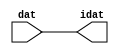

//------> /package/eda/mg/Catapult_10.3d/Mgc_home/pkgs/siflibs/ccs_in_v1.v 
//------------------------------------------------------------------------------
// Catapult Synthesis - Sample I/O Port Library
//
// Copyright (c) 2003-2017 Mentor Graphics Corp.
//       All Rights Reserved
//
// This document may be used and distributed without restriction provided that
// this copyright statement is not removed from the file and that any derivative
// work contains this copyright notice.
//
// The design information contained in this file is intended to be an example
// of the functionality which the end user may study in preparation for creating
// their own custom interfaces. This design does not necessarily present a 
// complete implementation of the named protocol or standard.
//
//------------------------------------------------------------------------------


module ccs_in_v1 (idat, dat);

  parameter integer rscid = 1;
  parameter integer width = 8;

  output [width-1:0] idat;
  input  [width-1:0] dat;

  wire   [width-1:0] idat;

  assign idat = dat;

endmodule


//------> /package/eda/mg/Catapult_10.3d/Mgc_home/pkgs/siflibs/ccs_out_v1.v 
//------------------------------------------------------------------------------
// Catapult Synthesis - Sample I/O Port Library
//
// Copyright (c) 2003-2015 Mentor Graphics Corp.
//       All Rights Reserved
//
// This document may be used and distributed without restriction provided that
// this copyright statement is not removed from the file and that any derivative
// work contains this copyright notice.
//
// The design information contained in this file is intended to be an example
// of the functionality which the end user may study in preparation for creating
// their own custom interfaces. This design does not necessarily present a 
// complete implementation of the named protocol or standard.
//
//------------------------------------------------------------------------------

module ccs_out_v1 (dat, idat);

  parameter integer rscid = 1;
  parameter integer width = 8;

  output   [width-1:0] dat;
  input    [width-1:0] idat;

  wire     [width-1:0] dat;

  assign dat = idat;

endmodule




//------> /package/eda/mg/Catapult_10.3d/Mgc_home/pkgs/siflibs/mgc_io_sync_v2.v 
//------------------------------------------------------------------------------
// Catapult Synthesis - Sample I/O Port Library
//
// Copyright (c) 2003-2017 Mentor Graphics Corp.
//       All Rights Reserved
//
// This document may be used and distributed without restriction provided that
// this copyright statement is not removed from the file and that any derivative
// work contains this copyright notice.
//
// The design information contained in this file is intended to be an example
// of the functionality which the end user may study in preparation for creating
// their own custom interfaces. This design does not necessarily present a 
// complete implementation of the named protocol or standard.
//
//------------------------------------------------------------------------------


module mgc_io_sync_v2 (ld, lz);
    parameter valid = 0;

    input  ld;
    output lz;

    wire   lz;

    assign lz = ld;

endmodule


//------> ./rtl.v 
// ----------------------------------------------------------------------
//  HLS HDL:        Verilog Netlister
//  HLS Version:    10.3d/815731 Production Release
//  HLS Date:       Wed Apr 24 14:54:19 PDT 2019
// 
//  Generated by:   695r48@cparch23.ecn.purdue.edu
//  Generated date: Tue Nov  9 15:36:21 2021
// ----------------------------------------------------------------------

// 
// ------------------------------------------------------------------
//  Design Unit:    fir_Altera_DIST_DIST_1R1W_RBW_rport_1_16_5_32_32_16_gen
// ------------------------------------------------------------------


module fir_Altera_DIST_DIST_1R1W_RBW_rport_1_16_5_32_32_16_gen (
  q, radr, radr_d, q_d, rport_r_ram_ir_internal_RMASK_B_d
);
  input [15:0] q;
  output [4:0] radr;
  input [4:0] radr_d;
  output [15:0] q_d;
  input rport_r_ram_ir_internal_RMASK_B_d;



  // Interconnect Declarations for Component Instantiations 
  assign q_d = q;
  assign radr = (radr_d);
endmodule

// ------------------------------------------------------------------
//  Design Unit:    fir_core_core_fsm
//  FSM Module
// ------------------------------------------------------------------


module fir_core_core_fsm (
  clk, rst, fsm_output, MAC_C_4_tr0
);
  input clk;
  input rst;
  output [6:0] fsm_output;
  reg [6:0] fsm_output;
  input MAC_C_4_tr0;


  // FSM State Type Declaration for fir_core_core_fsm_1
  parameter
    main_C_0 = 3'd0,
    MAC_C_0 = 3'd1,
    MAC_C_1 = 3'd2,
    MAC_C_2 = 3'd3,
    MAC_C_3 = 3'd4,
    MAC_C_4 = 3'd5,
    main_C_1 = 3'd6;

  reg [2:0] state_var;
  reg [2:0] state_var_NS;


  // Interconnect Declarations for Component Instantiations 
  always @(*)
  begin : fir_core_core_fsm_1
    case (state_var)
      MAC_C_0 : begin
        fsm_output = 7'b0000010;
        state_var_NS = MAC_C_1;
      end
      MAC_C_1 : begin
        fsm_output = 7'b0000100;
        state_var_NS = MAC_C_2;
      end
      MAC_C_2 : begin
        fsm_output = 7'b0001000;
        state_var_NS = MAC_C_3;
      end
      MAC_C_3 : begin
        fsm_output = 7'b0010000;
        state_var_NS = MAC_C_4;
      end
      MAC_C_4 : begin
        fsm_output = 7'b0100000;
        if ( MAC_C_4_tr0 ) begin
          state_var_NS = main_C_1;
        end
        else begin
          state_var_NS = MAC_C_0;
        end
      end
      main_C_1 : begin
        fsm_output = 7'b1000000;
        state_var_NS = main_C_0;
      end
      // main_C_0
      default : begin
        fsm_output = 7'b0000001;
        state_var_NS = MAC_C_0;
      end
    endcase
  end

  always @(posedge clk) begin
    if ( rst ) begin
      state_var <= main_C_0;
    end
    else begin
      state_var <= state_var_NS;
    end
  end

endmodule

// ------------------------------------------------------------------
//  Design Unit:    fir_core
// ------------------------------------------------------------------


module fir_core (
  clk, rst, coeffs_rsc_triosy_lz, in1_rsc_dat, in1_rsc_triosy_lz, out1_rsc_dat, out1_rsc_triosy_lz,
      coeffs_rsci_radr_d, coeffs_rsci_q_d, coeffs_rsci_rport_r_ram_ir_internal_RMASK_B_d
);
  input clk;
  input rst;
  output coeffs_rsc_triosy_lz;
  input [15:0] in1_rsc_dat;
  output in1_rsc_triosy_lz;
  output [15:0] out1_rsc_dat;
  output out1_rsc_triosy_lz;
  output [4:0] coeffs_rsci_radr_d;
  input [15:0] coeffs_rsci_q_d;
  output coeffs_rsci_rport_r_ram_ir_internal_RMASK_B_d;


  // Interconnect Declarations
  wire [15:0] in1_rsci_idat;
  reg [15:0] out1_rsci_idat;
  wire [6:0] fsm_output;
  wire [3:0] MAC_acc_tmp;
  wire [4:0] nl_MAC_acc_tmp;
  wire and_dcpl_3;
  wire and_dcpl_11;
  wire or_tmp_64;
  reg MAC_i_asn_7_itm;
  reg MAC_stage_0;
  reg MAC_stage_0_1;
  reg MAC_stage_0_2;
  reg [3:0] MAC_i_5_2_sva_1;
  reg reg_out1_rsc_triosy_obj_ld_cse;
  reg [2:0] MAC_i_5_2_sva_2_0;
  reg [2:0] MAC_slc_MAC_i_5_2_2_0_1_itm;
  wire [29:0] z_out;
  wire signed [31:0] nl_z_out;
  reg [15:0] regs_15_sva;
  reg [15:0] regs_16_sva;
  reg [15:0] regs_14_sva;
  reg [15:0] regs_17_sva;
  reg [15:0] regs_13_sva;
  reg [15:0] regs_18_sva;
  reg [15:0] regs_12_sva;
  reg [15:0] regs_19_sva;
  reg [15:0] regs_11_sva;
  reg [15:0] regs_20_sva;
  reg [15:0] regs_10_sva;
  reg [15:0] regs_21_sva;
  reg [15:0] regs_9_sva;
  reg [15:0] regs_22_sva;
  reg [15:0] regs_8_sva;
  reg [15:0] regs_23_sva;
  reg [15:0] regs_7_sva;
  reg [15:0] regs_24_sva;
  reg [15:0] regs_6_sva;
  reg [15:0] regs_25_sva;
  reg [15:0] regs_5_sva;
  reg [15:0] regs_26_sva;
  reg [15:0] regs_4_sva;
  reg [15:0] regs_27_sva;
  reg [15:0] regs_3_sva;
  reg [15:0] regs_28_sva;
  reg [15:0] regs_2_sva;
  reg [15:0] regs_29_sva;
  reg [15:0] regs_1_sva;
  reg [15:0] regs_30_sva;
  reg [15:0] regs_0_sva;
  reg [29:0] acc_32_3_1_sva;
  reg [15:0] regs_30_sva_1;
  reg [15:0] regs_29_sva_1;
  reg [15:0] regs_28_sva_1;
  reg [15:0] regs_27_sva_1;
  reg [15:0] regs_26_sva_1;
  reg [15:0] regs_25_sva_1;
  reg [15:0] regs_24_sva_1;
  reg [15:0] regs_23_sva_1;
  reg [15:0] regs_22_sva_1;
  reg [15:0] regs_21_sva_1;
  reg [15:0] regs_20_sva_1;
  reg [15:0] regs_19_sva_1;
  reg [15:0] regs_18_sva_1;
  reg [15:0] regs_17_sva_1;
  reg [15:0] regs_16_sva_1;
  reg [15:0] regs_15_sva_1;
  reg [15:0] regs_14_sva_1;
  reg [15:0] regs_13_sva_1;
  reg [15:0] regs_12_sva_1;
  reg [15:0] regs_11_sva_1;
  reg [15:0] regs_10_sva_1;
  reg [15:0] regs_9_sva_1;
  reg [15:0] regs_8_sva_1;
  reg [15:0] regs_7_sva_1;
  reg [15:0] regs_6_sva_1;
  reg [15:0] regs_5_sva_1;
  reg [15:0] regs_4_sva_1;
  reg [15:0] regs_3_sva_1;
  reg [15:0] regs_2_sva_1;
  reg [15:0] regs_1_sva_1;
  reg [15:0] regs_0_sva_1;
  reg [15:0] MAC_3_MAC_mux_itm;
  reg [15:0] MAC_4_MAC_mux_itm;
  reg [15:0] MAC_1_MAC_mux_itm;
  reg [29:0] MAC_1_mul_itm;
  reg [15:0] MAC_2_MAC_mux_itm;
  reg [29:0] MAC_2_mul_itm;
  reg [29:0] MAC_acc_4_itm;
  wire [29:0] MAC_acc_7;
  wire [30:0] nl_MAC_acc_7;
  wire or_167_tmp;
  wire or_166_tmp;
  wire regs_and_30_rgt;
  wire MAC_and_17_rgt;
  wire MAC_and_18_rgt;
  wire MAC_and_19_rgt;
  wire MAC_and_20_rgt;
  wire MAC_and_21_rgt;
  wire MAC_and_22_rgt;
  wire MAC_and_23_rgt;
  wire MAC_and_24_rgt;
  wire MAC_and_9_rgt;
  wire MAC_and_10_rgt;
  wire MAC_and_11_rgt;
  wire MAC_and_12_rgt;
  wire MAC_and_13_rgt;
  wire MAC_and_14_rgt;
  wire MAC_and_15_rgt;
  wire MAC_and_16_rgt;
  wire MAC_and_1_rgt;
  wire MAC_and_2_rgt;
  wire MAC_and_3_rgt;
  wire MAC_and_4_rgt;
  wire MAC_and_5_rgt;
  wire MAC_and_6_rgt;
  wire MAC_and_7_rgt;
  wire MAC_and_8_rgt;
  wire MAC_nor_3_cse;
  wire MAC_nor_cse;
  wire MAC_nor_2_cse;

  wire[29:0] MAC_4_acc_1_nl;
  wire[30:0] nl_MAC_4_acc_1_nl;
  wire[29:0] MAC_acc_5_nl;
  wire[30:0] nl_MAC_acc_5_nl;
  wire[0:0] not_23_nl;
  wire[0:0] not_nl;
  wire[2:0] coeffs_coeffs_mux_nl;
  wire[0:0] coeffs_or_nl;
  wire[1:0] coeffs_coeffs_or_nl;
  wire[1:0] coeffs_nor_nl;
  wire[1:0] coeffs_mux_nl;
  wire[15:0] MAC_mux1h_38_nl;

  // Interconnect Declarations for Component Instantiations 
  ccs_in_v1 #(.rscid(32'sd2),
  .width(32'sd16)) in1_rsci (
      .dat(in1_rsc_dat),
      .idat(in1_rsci_idat)
    );
  ccs_out_v1 #(.rscid(32'sd3),
  .width(32'sd16)) out1_rsci (
      .idat(out1_rsci_idat),
      .dat(out1_rsc_dat)
    );
  mgc_io_sync_v2 #(.valid(32'sd0)) coeffs_rsc_triosy_obj (
      .ld(reg_out1_rsc_triosy_obj_ld_cse),
      .lz(coeffs_rsc_triosy_lz)
    );
  mgc_io_sync_v2 #(.valid(32'sd0)) in1_rsc_triosy_obj (
      .ld(reg_out1_rsc_triosy_obj_ld_cse),
      .lz(in1_rsc_triosy_lz)
    );
  mgc_io_sync_v2 #(.valid(32'sd0)) out1_rsc_triosy_obj (
      .ld(reg_out1_rsc_triosy_obj_ld_cse),
      .lz(out1_rsc_triosy_lz)
    );
  fir_core_core_fsm fir_core_core_fsm_inst (
      .clk(clk),
      .rst(rst),
      .fsm_output(fsm_output),
      .MAC_C_4_tr0(and_dcpl_3)
    );
  assign regs_and_30_rgt = (~ MAC_stage_0) & (fsm_output[5]);
  assign MAC_and_17_rgt = ~((MAC_i_5_2_sva_2_0!=3'b000) | (fsm_output[2]));
  assign MAC_nor_cse = ~((MAC_i_5_2_sva_2_0[2:1]!=2'b00));
  assign MAC_and_18_rgt = (MAC_i_5_2_sva_2_0[0]) & MAC_nor_cse & (~ (fsm_output[2]));
  assign MAC_nor_2_cse = ~((MAC_i_5_2_sva_2_0[2]) | (MAC_i_5_2_sva_2_0[0]));
  assign MAC_and_19_rgt = (MAC_i_5_2_sva_2_0[1]) & MAC_nor_2_cse & (~ (fsm_output[2]));
  assign MAC_and_20_rgt = (MAC_i_5_2_sva_2_0==3'b011) & (~ (fsm_output[2]));
  assign MAC_nor_3_cse = ~((MAC_i_5_2_sva_2_0[1:0]!=2'b00));
  assign MAC_and_21_rgt = (MAC_i_5_2_sva_2_0[2]) & MAC_nor_3_cse & (~ (fsm_output[2]));
  assign MAC_and_22_rgt = (MAC_i_5_2_sva_2_0==3'b101) & (~ (fsm_output[2]));
  assign MAC_and_23_rgt = (MAC_i_5_2_sva_2_0==3'b110) & (~ (fsm_output[2]));
  assign MAC_and_24_rgt = (MAC_i_5_2_sva_2_0==3'b111) & (~ (fsm_output[2]));
  assign or_166_tmp = (fsm_output[3:2]!=2'b00);
  assign MAC_and_9_rgt = ~((MAC_i_5_2_sva_2_0!=3'b000) | or_166_tmp);
  assign MAC_and_10_rgt = (MAC_i_5_2_sva_2_0[0]) & MAC_nor_cse & (~ or_166_tmp);
  assign MAC_and_11_rgt = (MAC_i_5_2_sva_2_0[1]) & MAC_nor_2_cse & (~ or_166_tmp);
  assign MAC_and_12_rgt = (MAC_i_5_2_sva_2_0==3'b011) & (~ or_166_tmp);
  assign MAC_and_13_rgt = (MAC_i_5_2_sva_2_0[2]) & MAC_nor_3_cse & (~ or_166_tmp);
  assign MAC_and_14_rgt = (MAC_i_5_2_sva_2_0==3'b101) & (~ or_166_tmp);
  assign MAC_and_15_rgt = (MAC_i_5_2_sva_2_0==3'b110) & (~ or_166_tmp);
  assign MAC_and_16_rgt = (MAC_i_5_2_sva_2_0==3'b111) & (~ or_166_tmp);
  assign or_167_tmp = (fsm_output[4:2]!=3'b000);
  assign MAC_and_1_rgt = ~((MAC_i_5_2_sva_2_0!=3'b000) | or_167_tmp);
  assign MAC_and_2_rgt = (MAC_i_5_2_sva_2_0[0]) & MAC_nor_cse & (~ or_167_tmp);
  assign MAC_and_3_rgt = (MAC_i_5_2_sva_2_0[1]) & MAC_nor_2_cse & (~ or_167_tmp);
  assign MAC_and_4_rgt = (MAC_i_5_2_sva_2_0==3'b011) & (~ or_167_tmp);
  assign MAC_and_5_rgt = (MAC_i_5_2_sva_2_0[2]) & MAC_nor_3_cse & (~ or_167_tmp);
  assign MAC_and_6_rgt = (MAC_i_5_2_sva_2_0==3'b101) & (~ or_167_tmp);
  assign MAC_and_7_rgt = (MAC_i_5_2_sva_2_0==3'b110) & (~ or_167_tmp);
  assign MAC_and_8_rgt = (MAC_i_5_2_sva_2_0==3'b111) & (~ or_167_tmp);
  assign nl_MAC_acc_7 = MAC_1_mul_itm + MAC_2_mul_itm;
  assign MAC_acc_7 = nl_MAC_acc_7[29:0];
  assign nl_MAC_acc_tmp = conv_u2u_3_4(MAC_i_5_2_sva_2_0) + 4'b0001;
  assign MAC_acc_tmp = nl_MAC_acc_tmp[3:0];
  assign and_dcpl_3 = ~(MAC_stage_0 | MAC_stage_0_1);
  assign and_dcpl_11 = ~((fsm_output[6]) | (fsm_output[0]));
  assign or_tmp_64 = (fsm_output[6]) | (fsm_output[0]);
  assign coeffs_or_nl = (fsm_output[4:3]!=2'b00);
  assign coeffs_coeffs_mux_nl = MUX_v_3_2_2(MAC_i_5_2_sva_2_0, MAC_slc_MAC_i_5_2_2_0_1_itm,
      coeffs_or_nl);
  assign coeffs_mux_nl = MUX_v_2_2_2(2'b10, 2'b01, fsm_output[4]);
  assign coeffs_nor_nl = ~(MUX_v_2_2_2((coeffs_mux_nl), 2'b11, (fsm_output[2])));
  assign coeffs_coeffs_or_nl = MUX_v_2_2_2((coeffs_nor_nl), 2'b11, (fsm_output[3]));
  assign coeffs_rsci_radr_d = {(coeffs_coeffs_mux_nl) , (coeffs_coeffs_or_nl)};
  assign coeffs_rsci_rport_r_ram_ir_internal_RMASK_B_d = MAC_stage_0_1 & and_dcpl_11
      & (~ (fsm_output[5]));
  always @(posedge clk) begin
    if ( rst ) begin
      acc_32_3_1_sva <= 30'b000000000000000000000000000000;
    end
    else if ( ((~((MAC_stage_0 | MAC_stage_0_1) & MAC_i_asn_7_itm)) & (fsm_output[1])
        & MAC_stage_0_2) | (fsm_output[0]) | (fsm_output[6]) ) begin
      acc_32_3_1_sva <= MUX_v_30_2_2(30'b000000000000000000000000000000, (MAC_4_acc_1_nl),
          (not_23_nl));
    end
  end
  always @(posedge clk) begin
    if ( rst ) begin
      MAC_stage_0 <= 1'b0;
      MAC_stage_0_2 <= 1'b0;
      reg_out1_rsc_triosy_obj_ld_cse <= 1'b0;
      MAC_1_mul_itm <= 30'b000000000000000000000000000000;
    end
    else begin
      MAC_stage_0 <= (MAC_stage_0 & (~((MAC_stage_0_1 & (MAC_acc_tmp[3]) & (fsm_output[1]))
          | (fsm_output[6])))) | (fsm_output[0]);
      MAC_stage_0_2 <= MAC_stage_0_1 & (fsm_output[5]);
      reg_out1_rsc_triosy_obj_ld_cse <= and_dcpl_3 & (fsm_output[5]);
      MAC_1_mul_itm <= z_out;
    end
  end
  always @(posedge clk) begin
    if ( rst ) begin
      MAC_i_5_2_sva_2_0 <= 3'b000;
    end
    else if ( ((fsm_output[2]) & (~ (MAC_i_5_2_sva_1[3])) & MAC_stage_0_1) | (fsm_output[0])
        | (fsm_output[6]) ) begin
      MAC_i_5_2_sva_2_0 <= MUX_v_3_2_2(3'b000, (MAC_i_5_2_sva_1[2:0]), (not_nl));
    end
  end
  always @(posedge clk) begin
    if ( rst ) begin
      MAC_stage_0_1 <= 1'b0;
    end
    else if ( (fsm_output[0]) | (fsm_output[5]) ) begin
      MAC_stage_0_1 <= MAC_stage_0 | (fsm_output[0]);
    end
  end
  always @(posedge clk) begin
    if ( rst ) begin
      out1_rsci_idat <= 16'b0000000000000000;
    end
    else if ( ~((~ (fsm_output[5])) | MAC_stage_0_1 | MAC_stage_0) ) begin
      out1_rsci_idat <= acc_32_3_1_sva[29:14];
    end
  end
  always @(posedge clk) begin
    if ( rst ) begin
      regs_0_sva <= 16'b0000000000000000;
      regs_4_sva <= 16'b0000000000000000;
      regs_8_sva <= 16'b0000000000000000;
      regs_12_sva <= 16'b0000000000000000;
      regs_16_sva <= 16'b0000000000000000;
      regs_20_sva <= 16'b0000000000000000;
      regs_24_sva <= 16'b0000000000000000;
      regs_28_sva <= 16'b0000000000000000;
      regs_3_sva <= 16'b0000000000000000;
      regs_7_sva <= 16'b0000000000000000;
      regs_11_sva <= 16'b0000000000000000;
      regs_15_sva <= 16'b0000000000000000;
      regs_19_sva <= 16'b0000000000000000;
      regs_23_sva <= 16'b0000000000000000;
      regs_27_sva <= 16'b0000000000000000;
      regs_2_sva <= 16'b0000000000000000;
      regs_6_sva <= 16'b0000000000000000;
      regs_10_sva <= 16'b0000000000000000;
      regs_14_sva <= 16'b0000000000000000;
      regs_18_sva <= 16'b0000000000000000;
      regs_22_sva <= 16'b0000000000000000;
      regs_26_sva <= 16'b0000000000000000;
      regs_30_sva <= 16'b0000000000000000;
      regs_1_sva <= 16'b0000000000000000;
      regs_5_sva <= 16'b0000000000000000;
      regs_9_sva <= 16'b0000000000000000;
      regs_13_sva <= 16'b0000000000000000;
      regs_17_sva <= 16'b0000000000000000;
      regs_21_sva <= 16'b0000000000000000;
      regs_25_sva <= 16'b0000000000000000;
      regs_29_sva <= 16'b0000000000000000;
    end
    else if ( regs_and_30_rgt ) begin
      regs_0_sva <= regs_0_sva_1;
      regs_4_sva <= regs_4_sva_1;
      regs_8_sva <= regs_8_sva_1;
      regs_12_sva <= regs_12_sva_1;
      regs_16_sva <= regs_16_sva_1;
      regs_20_sva <= regs_20_sva_1;
      regs_24_sva <= regs_24_sva_1;
      regs_28_sva <= regs_28_sva_1;
      regs_3_sva <= regs_3_sva_1;
      regs_7_sva <= regs_7_sva_1;
      regs_11_sva <= regs_11_sva_1;
      regs_15_sva <= regs_15_sva_1;
      regs_19_sva <= regs_19_sva_1;
      regs_23_sva <= regs_23_sva_1;
      regs_27_sva <= regs_27_sva_1;
      regs_2_sva <= regs_2_sva_1;
      regs_6_sva <= regs_6_sva_1;
      regs_10_sva <= regs_10_sva_1;
      regs_14_sva <= regs_14_sva_1;
      regs_18_sva <= regs_18_sva_1;
      regs_22_sva <= regs_22_sva_1;
      regs_26_sva <= regs_26_sva_1;
      regs_30_sva <= regs_30_sva_1;
      regs_1_sva <= regs_1_sva_1;
      regs_5_sva <= regs_5_sva_1;
      regs_9_sva <= regs_9_sva_1;
      regs_13_sva <= regs_13_sva_1;
      regs_17_sva <= regs_17_sva_1;
      regs_21_sva <= regs_21_sva_1;
      regs_25_sva <= regs_25_sva_1;
      regs_29_sva <= regs_29_sva_1;
    end
  end
  always @(posedge clk) begin
    if ( rst ) begin
      regs_0_sva_1 <= 16'b0000000000000000;
    end
    else if ( ~ and_dcpl_11 ) begin
      regs_0_sva_1 <= in1_rsci_idat;
    end
  end
  always @(posedge clk) begin
    if ( rst ) begin
      regs_30_sva_1 <= 16'b0000000000000000;
    end
    else if ( ~ and_dcpl_11 ) begin
      regs_30_sva_1 <= regs_29_sva;
    end
  end
  always @(posedge clk) begin
    if ( rst ) begin
      regs_29_sva_1 <= 16'b0000000000000000;
    end
    else if ( ~ and_dcpl_11 ) begin
      regs_29_sva_1 <= regs_28_sva;
    end
  end
  always @(posedge clk) begin
    if ( rst ) begin
      regs_28_sva_1 <= 16'b0000000000000000;
    end
    else if ( ~ and_dcpl_11 ) begin
      regs_28_sva_1 <= regs_27_sva;
    end
  end
  always @(posedge clk) begin
    if ( rst ) begin
      regs_27_sva_1 <= 16'b0000000000000000;
    end
    else if ( ~ and_dcpl_11 ) begin
      regs_27_sva_1 <= regs_26_sva;
    end
  end
  always @(posedge clk) begin
    if ( rst ) begin
      regs_26_sva_1 <= 16'b0000000000000000;
    end
    else if ( ~ and_dcpl_11 ) begin
      regs_26_sva_1 <= regs_25_sva;
    end
  end
  always @(posedge clk) begin
    if ( rst ) begin
      regs_25_sva_1 <= 16'b0000000000000000;
    end
    else if ( ~ and_dcpl_11 ) begin
      regs_25_sva_1 <= regs_24_sva;
    end
  end
  always @(posedge clk) begin
    if ( rst ) begin
      regs_24_sva_1 <= 16'b0000000000000000;
    end
    else if ( ~ and_dcpl_11 ) begin
      regs_24_sva_1 <= regs_23_sva;
    end
  end
  always @(posedge clk) begin
    if ( rst ) begin
      regs_23_sva_1 <= 16'b0000000000000000;
    end
    else if ( ~ and_dcpl_11 ) begin
      regs_23_sva_1 <= regs_22_sva;
    end
  end
  always @(posedge clk) begin
    if ( rst ) begin
      regs_22_sva_1 <= 16'b0000000000000000;
    end
    else if ( ~ and_dcpl_11 ) begin
      regs_22_sva_1 <= regs_21_sva;
    end
  end
  always @(posedge clk) begin
    if ( rst ) begin
      regs_21_sva_1 <= 16'b0000000000000000;
    end
    else if ( ~ and_dcpl_11 ) begin
      regs_21_sva_1 <= regs_20_sva;
    end
  end
  always @(posedge clk) begin
    if ( rst ) begin
      regs_20_sva_1 <= 16'b0000000000000000;
    end
    else if ( ~ and_dcpl_11 ) begin
      regs_20_sva_1 <= regs_19_sva;
    end
  end
  always @(posedge clk) begin
    if ( rst ) begin
      regs_19_sva_1 <= 16'b0000000000000000;
    end
    else if ( ~ and_dcpl_11 ) begin
      regs_19_sva_1 <= regs_18_sva;
    end
  end
  always @(posedge clk) begin
    if ( rst ) begin
      regs_18_sva_1 <= 16'b0000000000000000;
    end
    else if ( ~ and_dcpl_11 ) begin
      regs_18_sva_1 <= regs_17_sva;
    end
  end
  always @(posedge clk) begin
    if ( rst ) begin
      regs_17_sva_1 <= 16'b0000000000000000;
    end
    else if ( ~ and_dcpl_11 ) begin
      regs_17_sva_1 <= regs_16_sva;
    end
  end
  always @(posedge clk) begin
    if ( rst ) begin
      regs_16_sva_1 <= 16'b0000000000000000;
    end
    else if ( ~ and_dcpl_11 ) begin
      regs_16_sva_1 <= regs_15_sva;
    end
  end
  always @(posedge clk) begin
    if ( rst ) begin
      regs_15_sva_1 <= 16'b0000000000000000;
    end
    else if ( ~ and_dcpl_11 ) begin
      regs_15_sva_1 <= regs_14_sva;
    end
  end
  always @(posedge clk) begin
    if ( rst ) begin
      regs_14_sva_1 <= 16'b0000000000000000;
    end
    else if ( ~ and_dcpl_11 ) begin
      regs_14_sva_1 <= regs_13_sva;
    end
  end
  always @(posedge clk) begin
    if ( rst ) begin
      regs_13_sva_1 <= 16'b0000000000000000;
    end
    else if ( ~ and_dcpl_11 ) begin
      regs_13_sva_1 <= regs_12_sva;
    end
  end
  always @(posedge clk) begin
    if ( rst ) begin
      regs_12_sva_1 <= 16'b0000000000000000;
    end
    else if ( ~ and_dcpl_11 ) begin
      regs_12_sva_1 <= regs_11_sva;
    end
  end
  always @(posedge clk) begin
    if ( rst ) begin
      regs_11_sva_1 <= 16'b0000000000000000;
    end
    else if ( ~ and_dcpl_11 ) begin
      regs_11_sva_1 <= regs_10_sva;
    end
  end
  always @(posedge clk) begin
    if ( rst ) begin
      regs_10_sva_1 <= 16'b0000000000000000;
    end
    else if ( ~ and_dcpl_11 ) begin
      regs_10_sva_1 <= regs_9_sva;
    end
  end
  always @(posedge clk) begin
    if ( rst ) begin
      regs_9_sva_1 <= 16'b0000000000000000;
    end
    else if ( ~ and_dcpl_11 ) begin
      regs_9_sva_1 <= regs_8_sva;
    end
  end
  always @(posedge clk) begin
    if ( rst ) begin
      regs_8_sva_1 <= 16'b0000000000000000;
    end
    else if ( ~ and_dcpl_11 ) begin
      regs_8_sva_1 <= regs_7_sva;
    end
  end
  always @(posedge clk) begin
    if ( rst ) begin
      regs_7_sva_1 <= 16'b0000000000000000;
    end
    else if ( ~ and_dcpl_11 ) begin
      regs_7_sva_1 <= regs_6_sva;
    end
  end
  always @(posedge clk) begin
    if ( rst ) begin
      regs_6_sva_1 <= 16'b0000000000000000;
    end
    else if ( ~ and_dcpl_11 ) begin
      regs_6_sva_1 <= regs_5_sva;
    end
  end
  always @(posedge clk) begin
    if ( rst ) begin
      regs_5_sva_1 <= 16'b0000000000000000;
    end
    else if ( ~ and_dcpl_11 ) begin
      regs_5_sva_1 <= regs_4_sva;
    end
  end
  always @(posedge clk) begin
    if ( rst ) begin
      regs_4_sva_1 <= 16'b0000000000000000;
    end
    else if ( ~ and_dcpl_11 ) begin
      regs_4_sva_1 <= regs_3_sva;
    end
  end
  always @(posedge clk) begin
    if ( rst ) begin
      regs_3_sva_1 <= 16'b0000000000000000;
    end
    else if ( ~ and_dcpl_11 ) begin
      regs_3_sva_1 <= regs_2_sva;
    end
  end
  always @(posedge clk) begin
    if ( rst ) begin
      regs_2_sva_1 <= 16'b0000000000000000;
    end
    else if ( ~ and_dcpl_11 ) begin
      regs_2_sva_1 <= regs_1_sva;
    end
  end
  always @(posedge clk) begin
    if ( rst ) begin
      regs_1_sva_1 <= 16'b0000000000000000;
    end
    else if ( ~ and_dcpl_11 ) begin
      regs_1_sva_1 <= regs_0_sva;
    end
  end
  always @(posedge clk) begin
    if ( rst ) begin
      MAC_2_mul_itm <= 30'b000000000000000000000000000000;
    end
    else if ( ~((fsm_output[3]) | (fsm_output[5])) ) begin
      MAC_2_mul_itm <= z_out;
    end
  end
  always @(posedge clk) begin
    if ( rst ) begin
      MAC_acc_4_itm <= 30'b000000000000000000000000000000;
    end
    else if ( ~ (fsm_output[5]) ) begin
      MAC_acc_4_itm <= MAC_acc_7;
    end
  end
  always @(posedge clk) begin
    if ( rst ) begin
      MAC_i_asn_7_itm <= 1'b0;
    end
    else if ( (fsm_output[1]) | (fsm_output[6]) | (fsm_output[0]) ) begin
      MAC_i_asn_7_itm <= MAC_acc_tmp[3];
    end
  end
  always @(posedge clk) begin
    if ( rst ) begin
      MAC_i_5_2_sva_1 <= 4'b0000;
      MAC_2_MAC_mux_itm <= 16'b0000000000000000;
    end
    else if ( MAC_stage_0_1 ) begin
      MAC_i_5_2_sva_1 <= MAC_acc_tmp;
      MAC_2_MAC_mux_itm <= MUX_v_16_8_2(regs_0_sva, regs_4_sva, regs_8_sva, regs_12_sva,
          regs_16_sva, regs_20_sva, regs_24_sva, regs_28_sva, MAC_i_5_2_sva_2_0);
    end
  end
  always @(posedge clk) begin
    if ( rst ) begin
      MAC_1_MAC_mux_itm <= 16'b0000000000000000;
    end
    else if ( MAC_and_17_rgt | MAC_and_18_rgt | MAC_and_19_rgt | MAC_and_20_rgt |
        MAC_and_21_rgt | MAC_and_22_rgt | MAC_and_23_rgt | MAC_and_24_rgt ) begin
      MAC_1_MAC_mux_itm <= MUX1HOT_v_16_8_2(regs_0_sva_1, regs_3_sva, regs_7_sva,
          regs_11_sva, regs_15_sva, regs_19_sva, regs_23_sva, regs_27_sva, {MAC_and_17_rgt
          , MAC_and_18_rgt , MAC_and_19_rgt , MAC_and_20_rgt , MAC_and_21_rgt , MAC_and_22_rgt
          , MAC_and_23_rgt , MAC_and_24_rgt});
    end
  end
  always @(posedge clk) begin
    if ( rst ) begin
      MAC_4_MAC_mux_itm <= 16'b0000000000000000;
    end
    else if ( MAC_and_9_rgt | MAC_and_10_rgt | MAC_and_11_rgt | MAC_and_12_rgt |
        MAC_and_13_rgt | MAC_and_14_rgt | MAC_and_15_rgt | MAC_and_16_rgt ) begin
      MAC_4_MAC_mux_itm <= MUX1HOT_v_16_8_2(regs_2_sva, regs_6_sva, regs_10_sva,
          regs_14_sva, regs_18_sva, regs_22_sva, regs_26_sva, regs_30_sva, {MAC_and_9_rgt
          , MAC_and_10_rgt , MAC_and_11_rgt , MAC_and_12_rgt , MAC_and_13_rgt , MAC_and_14_rgt
          , MAC_and_15_rgt , MAC_and_16_rgt});
    end
  end
  always @(posedge clk) begin
    if ( rst ) begin
      MAC_3_MAC_mux_itm <= 16'b0000000000000000;
    end
    else if ( MAC_and_1_rgt | MAC_and_2_rgt | MAC_and_3_rgt | MAC_and_4_rgt | MAC_and_5_rgt
        | MAC_and_6_rgt | MAC_and_7_rgt | MAC_and_8_rgt ) begin
      MAC_3_MAC_mux_itm <= MUX1HOT_v_16_8_2(regs_1_sva, regs_5_sva, regs_9_sva, regs_13_sva,
          regs_17_sva, regs_21_sva, regs_25_sva, regs_29_sva, {MAC_and_1_rgt , MAC_and_2_rgt
          , MAC_and_3_rgt , MAC_and_4_rgt , MAC_and_5_rgt , MAC_and_6_rgt , MAC_and_7_rgt
          , MAC_and_8_rgt});
    end
  end
  always @(posedge clk) begin
    if ( rst ) begin
      MAC_slc_MAC_i_5_2_2_0_1_itm <= 3'b000;
    end
    else if ( ~ (fsm_output[3]) ) begin
      MAC_slc_MAC_i_5_2_2_0_1_itm <= MAC_i_5_2_sva_2_0;
    end
  end
  assign nl_MAC_acc_5_nl = MAC_acc_7 + acc_32_3_1_sva;
  assign MAC_acc_5_nl = nl_MAC_acc_5_nl[29:0];
  assign nl_MAC_4_acc_1_nl = (MAC_acc_5_nl) + MAC_acc_4_itm;
  assign MAC_4_acc_1_nl = nl_MAC_4_acc_1_nl[29:0];
  assign not_23_nl = ~ or_tmp_64;
  assign not_nl = ~ or_tmp_64;
  assign MAC_mux1h_38_nl = MUX1HOT_v_16_4_2(MAC_1_MAC_mux_itm, MAC_3_MAC_mux_itm,
      MAC_2_MAC_mux_itm, MAC_4_MAC_mux_itm, {(fsm_output[3]) , (fsm_output[5]) ,
      (fsm_output[2]) , (fsm_output[4])});
  assign nl_z_out = $signed((MAC_mux1h_38_nl)) * $signed((coeffs_rsci_q_d));
  assign z_out = nl_z_out[29:0];

  function automatic [15:0] MUX1HOT_v_16_4_2;
    input [15:0] input_3;
    input [15:0] input_2;
    input [15:0] input_1;
    input [15:0] input_0;
    input [3:0] sel;
    reg [15:0] result;
  begin
    result = input_0 & {16{sel[0]}};
    result = result | ( input_1 & {16{sel[1]}});
    result = result | ( input_2 & {16{sel[2]}});
    result = result | ( input_3 & {16{sel[3]}});
    MUX1HOT_v_16_4_2 = result;
  end
  endfunction


  function automatic [15:0] MUX1HOT_v_16_8_2;
    input [15:0] input_7;
    input [15:0] input_6;
    input [15:0] input_5;
    input [15:0] input_4;
    input [15:0] input_3;
    input [15:0] input_2;
    input [15:0] input_1;
    input [15:0] input_0;
    input [7:0] sel;
    reg [15:0] result;
  begin
    result = input_0 & {16{sel[0]}};
    result = result | ( input_1 & {16{sel[1]}});
    result = result | ( input_2 & {16{sel[2]}});
    result = result | ( input_3 & {16{sel[3]}});
    result = result | ( input_4 & {16{sel[4]}});
    result = result | ( input_5 & {16{sel[5]}});
    result = result | ( input_6 & {16{sel[6]}});
    result = result | ( input_7 & {16{sel[7]}});
    MUX1HOT_v_16_8_2 = result;
  end
  endfunction


  function automatic [15:0] MUX_v_16_8_2;
    input [15:0] input_0;
    input [15:0] input_1;
    input [15:0] input_2;
    input [15:0] input_3;
    input [15:0] input_4;
    input [15:0] input_5;
    input [15:0] input_6;
    input [15:0] input_7;
    input [2:0] sel;
    reg [15:0] result;
  begin
    case (sel)
      3'b000 : begin
        result = input_0;
      end
      3'b001 : begin
        result = input_1;
      end
      3'b010 : begin
        result = input_2;
      end
      3'b011 : begin
        result = input_3;
      end
      3'b100 : begin
        result = input_4;
      end
      3'b101 : begin
        result = input_5;
      end
      3'b110 : begin
        result = input_6;
      end
      default : begin
        result = input_7;
      end
    endcase
    MUX_v_16_8_2 = result;
  end
  endfunction


  function automatic [1:0] MUX_v_2_2_2;
    input [1:0] input_0;
    input [1:0] input_1;
    input [0:0] sel;
    reg [1:0] result;
  begin
    case (sel)
      1'b0 : begin
        result = input_0;
      end
      default : begin
        result = input_1;
      end
    endcase
    MUX_v_2_2_2 = result;
  end
  endfunction


  function automatic [29:0] MUX_v_30_2_2;
    input [29:0] input_0;
    input [29:0] input_1;
    input [0:0] sel;
    reg [29:0] result;
  begin
    case (sel)
      1'b0 : begin
        result = input_0;
      end
      default : begin
        result = input_1;
      end
    endcase
    MUX_v_30_2_2 = result;
  end
  endfunction


  function automatic [2:0] MUX_v_3_2_2;
    input [2:0] input_0;
    input [2:0] input_1;
    input [0:0] sel;
    reg [2:0] result;
  begin
    case (sel)
      1'b0 : begin
        result = input_0;
      end
      default : begin
        result = input_1;
      end
    endcase
    MUX_v_3_2_2 = result;
  end
  endfunction


  function automatic [3:0] conv_u2u_3_4 ;
    input [2:0]  vector ;
  begin
    conv_u2u_3_4 = {1'b0, vector};
  end
  endfunction

endmodule

// ------------------------------------------------------------------
//  Design Unit:    fir
// ------------------------------------------------------------------


module fir (
  clk, rst, coeffs_rsc_radr, coeffs_rsc_q, coeffs_rsc_triosy_lz, in1_rsc_dat, in1_rsc_triosy_lz,
      out1_rsc_dat, out1_rsc_triosy_lz
);
  input clk;
  input rst;
  output [4:0] coeffs_rsc_radr;
  input [15:0] coeffs_rsc_q;
  output coeffs_rsc_triosy_lz;
  input [15:0] in1_rsc_dat;
  output in1_rsc_triosy_lz;
  output [15:0] out1_rsc_dat;
  output out1_rsc_triosy_lz;


  // Interconnect Declarations
  wire [4:0] coeffs_rsci_radr_d;
  wire [15:0] coeffs_rsci_q_d;
  wire coeffs_rsci_rport_r_ram_ir_internal_RMASK_B_d;


  // Interconnect Declarations for Component Instantiations 
  fir_Altera_DIST_DIST_1R1W_RBW_rport_1_16_5_32_32_16_gen coeffs_rsci (
      .q(coeffs_rsc_q),
      .radr(coeffs_rsc_radr),
      .radr_d(coeffs_rsci_radr_d),
      .q_d(coeffs_rsci_q_d),
      .rport_r_ram_ir_internal_RMASK_B_d(coeffs_rsci_rport_r_ram_ir_internal_RMASK_B_d)
    );
  fir_core fir_core_inst (
      .clk(clk),
      .rst(rst),
      .coeffs_rsc_triosy_lz(coeffs_rsc_triosy_lz),
      .in1_rsc_dat(in1_rsc_dat),
      .in1_rsc_triosy_lz(in1_rsc_triosy_lz),
      .out1_rsc_dat(out1_rsc_dat),
      .out1_rsc_triosy_lz(out1_rsc_triosy_lz),
      .coeffs_rsci_radr_d(coeffs_rsci_radr_d),
      .coeffs_rsci_q_d(coeffs_rsci_q_d),
      .coeffs_rsci_rport_r_ram_ir_internal_RMASK_B_d(coeffs_rsci_rport_r_ram_ir_internal_RMASK_B_d)
    );
endmodule